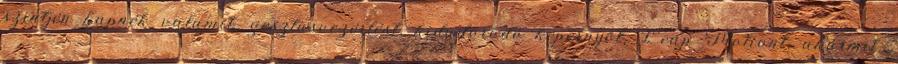
szintjén kapnék valamit, gesztusvezérlést, kidudorodó képernyőt, Leap Motiont, akármit.